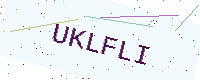
Text: UKLFLI